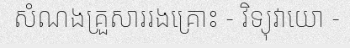
សំណងគ្រួសាររងគ្រោះ - វិទ្យុវាយោ -